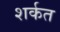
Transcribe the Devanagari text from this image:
शर्कत